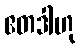
ဧတဒါဟု